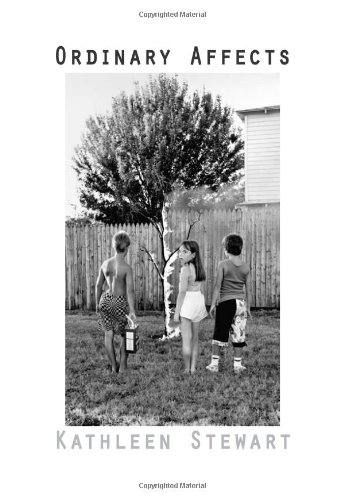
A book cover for Ordinary Affects; Kathleen Stewart; Science & Math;